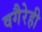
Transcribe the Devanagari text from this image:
वगैरेही